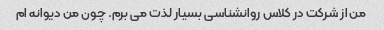
من از شرکت در کلاس روانشناسی بسیار لذت می برم. چون من دیوانه ام